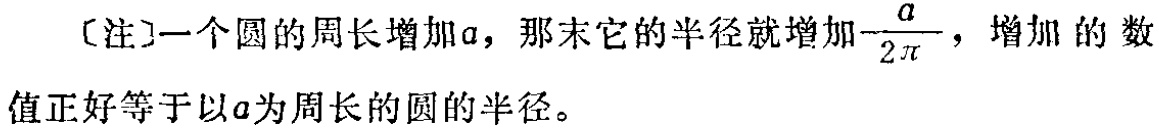
〔注〕一个圆的周长增加\(a\)，那末它的半径就增加\(\frac{a}{2\pi}\)，增加的数值正好等于以\(a\)为周长的圆的半径。